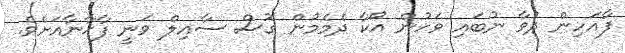
ފާއަހިން ދުވާ ނުބައި ވަހުން އޯކާ ދެމެމުން ގޮސް ސާއިލް ވަނީ ފާޚާނާއަށެވެ.